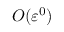
O ( \varepsilon ^ { 0 } )